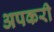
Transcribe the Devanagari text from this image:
अपकरी